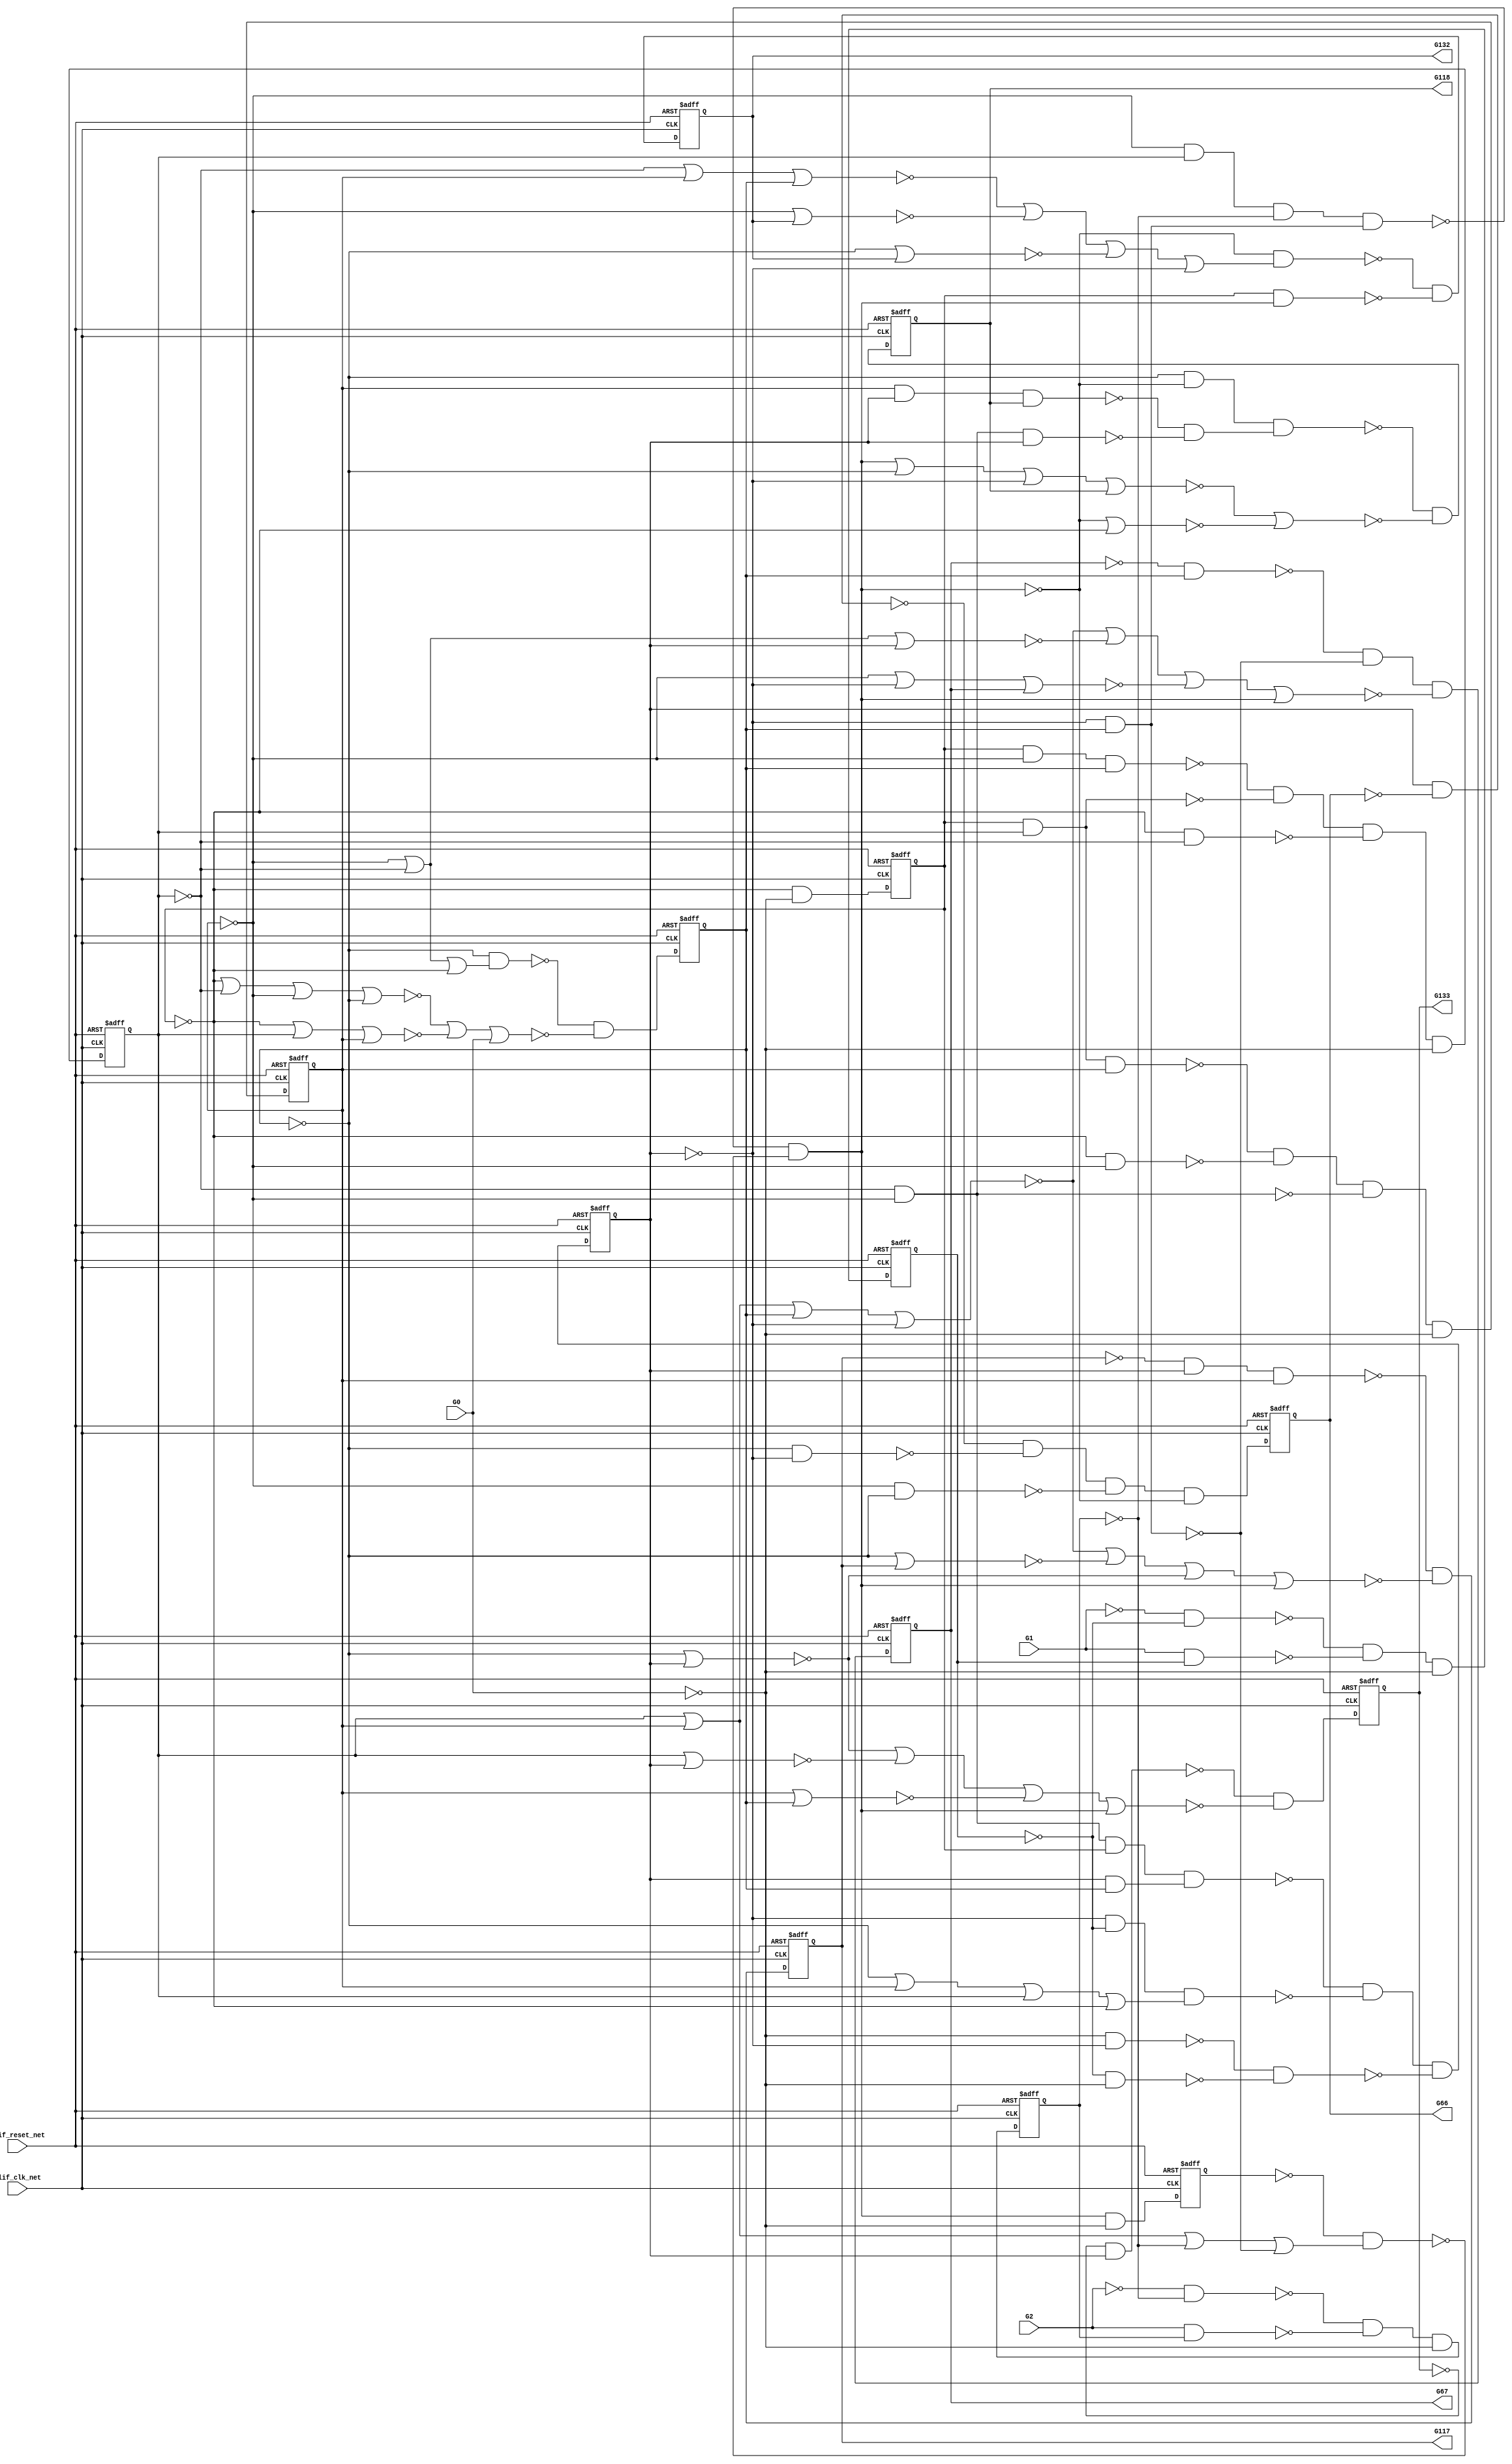
module s298_bench(
  blif_clk_net,
  blif_reset_net,
  G0,
  G1,
  G2,
  G117,
  G132,
  G66,
  G118,
  G133,
  G67);
input blif_clk_net;
input blif_reset_net;
input G0;
input G1;
input G2;
output G117;
output G132;
output G66;
output G118;
output G133;
output G67;
reg G10;
reg G11;
reg G12;
reg G13;
reg G14;
reg G15;
reg G16;
reg G17;
reg G18;
reg G19;
reg G20;
reg G21;
reg G22;
reg G23;
wire G50;
wire G120;
wire G95;
wire II158;
wire G79;
wire G61;
wire G77;
wire G93;
wire G26;
wire G105;
wire G129;
wire G41;
wire G83;
wire G35;
wire G80;
wire G122;
wire II229;
wire G65;
wire G81;
wire G113;
wire G73;
wire G58;
wire G43;
wire II232;
wire G27;
wire G114;
wire G85;
wire G74;
wire G115;
wire G103;
wire G51;
wire II235;
wire G49;
wire G130;
wire G54;
wire G42;
wire G107;
wire G71;
wire G87;
wire G69;
wire G31;
wire G24;
wire G90;
wire G126;
wire G29;
wire G75;
wire II213;
wire G47;
wire G111;
wire II210;
wire G40;
wire II238;
wire G101;
wire G57;
wire G121;
wire G33;
wire G109;
wire II155;
wire G68;
wire G37;
wire G125;
wire G25;
wire G123;
wire G56;
wire G44;
wire G39;
wire G128;
wire G46;
wire G94;
wire G91;
wire G59;
wire G97;
wire G62;
wire G102;
wire G104;
wire G99;
wire G116;
wire G112;
wire G60;
wire G82;
wire G64;
wire G84;
wire II221;
wire G86;
wire G92;
wire G34;
wire G45;
wire G89;
wire G28;
wire G76;
wire G98;
wire G63;
wire G72;
wire G55;
wire G78;
wire G96;
wire G38;
wire G127;
wire G53;
wire G48;
wire G36;
wire G108;
wire G110;
wire G88;
wire G32;
wire G119;
wire G131;
wire G30;
wire G100;
wire G70;
wire G124;
wire G52;
wire G106;
always @(posedge blif_clk_net or posedge blif_reset_net)
  if(blif_reset_net == 1)
    G10 <= 0;
  else
    G10 <= G29;
always @(posedge blif_clk_net or posedge blif_reset_net)
  if(blif_reset_net == 1)
    G11 <= 0;
  else
    G11 <= G30;
always @(posedge blif_clk_net or posedge blif_reset_net)
  if(blif_reset_net == 1)
    G12 <= 0;
  else
    G12 <= G34;
always @(posedge blif_clk_net or posedge blif_reset_net)
  if(blif_reset_net == 1)
    G13 <= 0;
  else
    G13 <= G39;
always @(posedge blif_clk_net or posedge blif_reset_net)
  if(blif_reset_net == 1)
    G14 <= 0;
  else
    G14 <= G44;
always @(posedge blif_clk_net or posedge blif_reset_net)
  if(blif_reset_net == 1)
    G15 <= 0;
  else
    G15 <= G56;
always @(posedge blif_clk_net or posedge blif_reset_net)
  if(blif_reset_net == 1)
    G16 <= 0;
  else
    G16 <= G86;
always @(posedge blif_clk_net or posedge blif_reset_net)
  if(blif_reset_net == 1)
    G17 <= 0;
  else
    G17 <= G92;
always @(posedge blif_clk_net or posedge blif_reset_net)
  if(blif_reset_net == 1)
    G18 <= 0;
  else
    G18 <= G98;
always @(posedge blif_clk_net or posedge blif_reset_net)
  if(blif_reset_net == 1)
    G19 <= 0;
  else
    G19 <= G102;
always @(posedge blif_clk_net or posedge blif_reset_net)
  if(blif_reset_net == 1)
    G20 <= 0;
  else
    G20 <= G107;
always @(posedge blif_clk_net or posedge blif_reset_net)
  if(blif_reset_net == 1)
    G21 <= 0;
  else
    G21 <= G113;
always @(posedge blif_clk_net or posedge blif_reset_net)
  if(blif_reset_net == 1)
    G22 <= 0;
  else
    G22 <= G119;
always @(posedge blif_clk_net or posedge blif_reset_net)
  if(blif_reset_net == 1)
    G23 <= 0;
  else
    G23 <= G125;
assign G57 = (G59&G11&G60&G61);
assign G121 = ((~G22));
assign G50 = ((~G14));
assign G95 = (G96&G13);
assign G120 = ((~G124));
assign II158 = ((~G17));
assign G33 = (G38&G46);
assign G109 = ((~G71))|((~G72))|((~G73))|((~G14));
assign G79 = (G103)|(G14);
assign II155 = ((~G16));
assign G61 = ((~G14)&(~G55));
assign G68 = (G11)|(G12)|(G13)|(G96);
assign G37 = (G46&G45);
assign G66 = ((~II155));
assign G77 = (G112)|(G103)|(G96)|(G19);
assign G125 = ((~G128)&(~G129)&(~G130));
assign G25 = (G38)|(G11)|(G12);
assign G93 = ((~G17));
assign G123 = (G124&G22);
assign G105 = (G103&G108&G104);
assign G26 = (G28&G50);
assign G56 = ((~G57)&(~G58)&(~G130));
assign G129 = (G131&G23);
assign G39 = ((~G42)&(~G43));
assign G44 = ((~G48)&(~G49)&(~G53));
assign G128 = (G126&G127);
assign G46 = ((~G11));
assign G94 = (G93&G13);
assign G41 = ((~G12))|((~G11))|((~G10));
assign G91 = ((~G12));
assign G83 = (G11)|(G12)|(G13)|(G96);
assign G35 = (G10&G11&G12);
assign G59 = ((~G12));
assign G80 = (G11)|(G14);
assign G122 = (G120&G121);
assign G117 = ((~II210));
assign G97 = ((~G83))|((~G84))|((~G85))|((~G108));
assign G132 = ((~II235));
assign G62 = (G59&G11&G60&G61);
assign II229 = ((~G0));
assign G102 = ((~G105)&(~G106));
assign G104 = ((~G74)&(~G75));
assign G65 = ((~G59))|((~G54))|((~G22))|((~G61));
assign G99 = ((~G18));
assign G81 = (G12)|(G13);
assign G113 = ((~G115)&(~G116));
assign G73 = (G103)|(G20);
assign G58 = (G64&G65);
assign G116 = ((~G79))|((~G80))|((~G81))|((~G108));
assign G112 = ((~G62)&(~G63));
assign G60 = ((~G22));
assign G82 = ((~G11));
assign G43 = ((~G24))|((~G25))|((~G28));
assign G64 = ((~G15));
assign G84 = (G82)|(G91)|(G14);
assign II232 = ((~G1));
assign II221 = ((~G2));
assign G27 = (G51&G28);
assign G86 = ((~G88)&(~G89)&(~G90)&(~G112));
assign G114 = ((~G21));
assign G92 = ((~G94)&(~G95)&(~G97));
assign G85 = (G91)|(G96)|(G17);
assign G34 = ((~G35)&(~G36)&(~G37)&(~G130));
assign G115 = (G114&G14);
assign G74 = (G12&G14&G19);
assign G45 = ((~G12));
assign G89 = (G103&G96);
assign G103 = ((~G13));
assign G28 = ((~G130));
assign G51 = ((~G23));
assign G76 = ((~G10));
assign G72 = (G91)|(G20);
assign G63 = (G64&G65);
assign G98 = ((~G100)&(~G101));
assign G49 = (G50&G51&G52);
assign G55 = ((~G13));
assign II235 = ((~G20));
assign G133 = ((~II238));
assign G118 = ((~II213));
assign G78 = (G108)|(G76);
assign G130 = ((~II229));
assign G96 = ((~G14));
assign G54 = ((~G11));
assign G42 = (G40&G41);
assign G67 = ((~II158));
assign G38 = ((~G10));
assign G107 = ((~G110)&(~G111));
assign G71 = (G82)|(G12)|(G13);
assign G87 = ((~G16));
assign G127 = ((~G23));
assign G53 = ((~G26)&(~G27));
assign G48 = (G45&G46&G10&G47);
assign G36 = (G38&G45);
assign G69 = (G103)|(G18);
assign G31 = (G10&G45&G13);
assign G108 = ((~G112));
assign G24 = (G38)|(G46)|(G45)|(G40);
assign G110 = (G108&G109);
assign G90 = (G91&G103);
assign G88 = (G14&G87);
assign G126 = ((~G131));
assign G29 = ((~G10)&(~G130));
assign G32 = (G10&G11);
assign G75 = (G82&G91&G14);
assign II213 = ((~G19));
assign G119 = ((~G122)&(~G123)&(~G130));
assign G131 = ((~II232));
assign G111 = (G10&G112);
assign G47 = ((~G50)&(~G40));
assign G30 = ((~G31)&(~G32)&(~G33)&(~G130));
assign II210 = ((~G18));
assign G100 = (G99&G14&G12);
assign G70 = (G103)|(G14);
assign G40 = ((~G13));
assign II238 = ((~G21));
assign G52 = ((~G13))|((~G45))|((~G46))|((~G10));
assign G124 = ((~II221));
assign G106 = ((~G77))|((~G78));
assign G101 = ((~G68))|((~G69))|((~G70))|((~G108));
endmodule